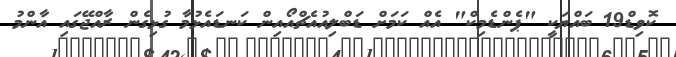
ކޮވިޑް19 ބައްޔަކީ "ޕެންޑެމިކް" އެއް ކަމަށް ޑަބްލިއުއެޗްއޯއިން ކަނޑައެޅުމާ ގުޅިގެން ރާއްޖޭގައި އާންމު